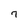
Character: 7